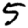
Digit: 5